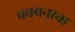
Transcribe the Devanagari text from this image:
प्रवचनाचा